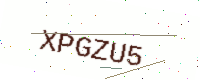
Text: XPGZU5